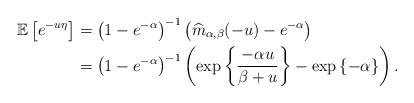
LaTeX: \begin{align*}\mathbb{E}\left[e^{-u\eta}\right] & =\left(1-e^{-\alpha}\right)^{-1}\left(\widehat{m}_{\alpha,\beta}(-u)-e^{-\alpha}\right)\\ & =\left(1-e^{-\alpha}\right)^{-1}\left(\exp\left\lbrace \frac{-\alpha u}{\beta+u}\right\rbrace -\exp\left\lbrace -\alpha\right\rbrace \right).\end{align*}